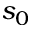
s _ { 0 }